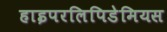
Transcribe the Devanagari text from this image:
हाइपरलिपिडेमियस